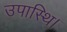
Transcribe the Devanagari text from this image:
उपास्थि।